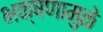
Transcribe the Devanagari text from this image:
भक्षणामुळे